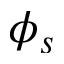
\phi _ { s }